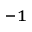
^ { - 1 }